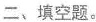
二、填空题。